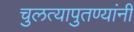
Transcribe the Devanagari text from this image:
चुलत्यापुतण्यांनी